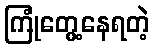
ကြုံတွေ့နေရတဲ့